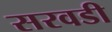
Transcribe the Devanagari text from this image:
सरवडी